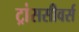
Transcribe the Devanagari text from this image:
ट्रांससीवर्स